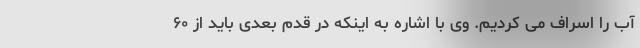
آب را اسراف می کردیم. وی با اشاره به اینکه در قدم بعدی باید از ۶۰